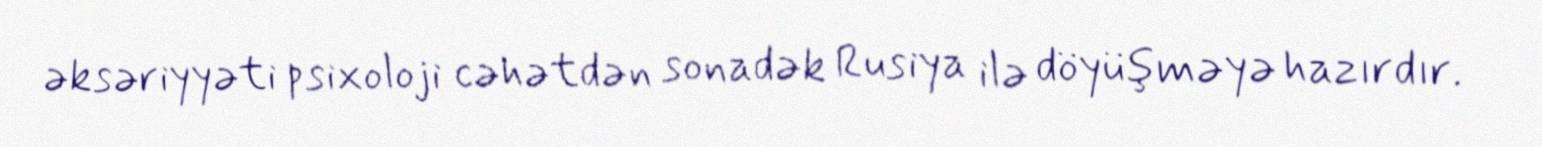
əksəriyyəti psixoloji cəhətdən sonadək Rusiya ilə döyüşməyə hazırdır.